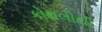
કોથલીથી